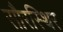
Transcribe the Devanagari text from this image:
सौरस्थिर